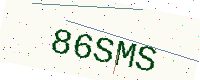
Text: 86SMS